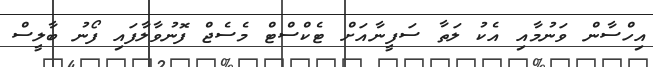
އިހްސާން ވަނުމާއި އެކު ލަތާ ސަފީނާއަށް ޓެކްސްޓް މެސެޖް ފޮނުވާލާފައި ފޯނު ބާލީސް